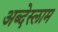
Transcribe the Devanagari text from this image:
अब्देस्लाम